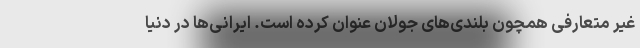
غیر متعارفی همچون بلندی‌های جولان عنوان کرده است. ایرانی‌ها در دنیا